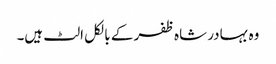
وہ بہادر شاہ ظفر کے بالکل الٹ ہیں۔